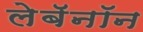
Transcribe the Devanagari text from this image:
लेबॅनॉन